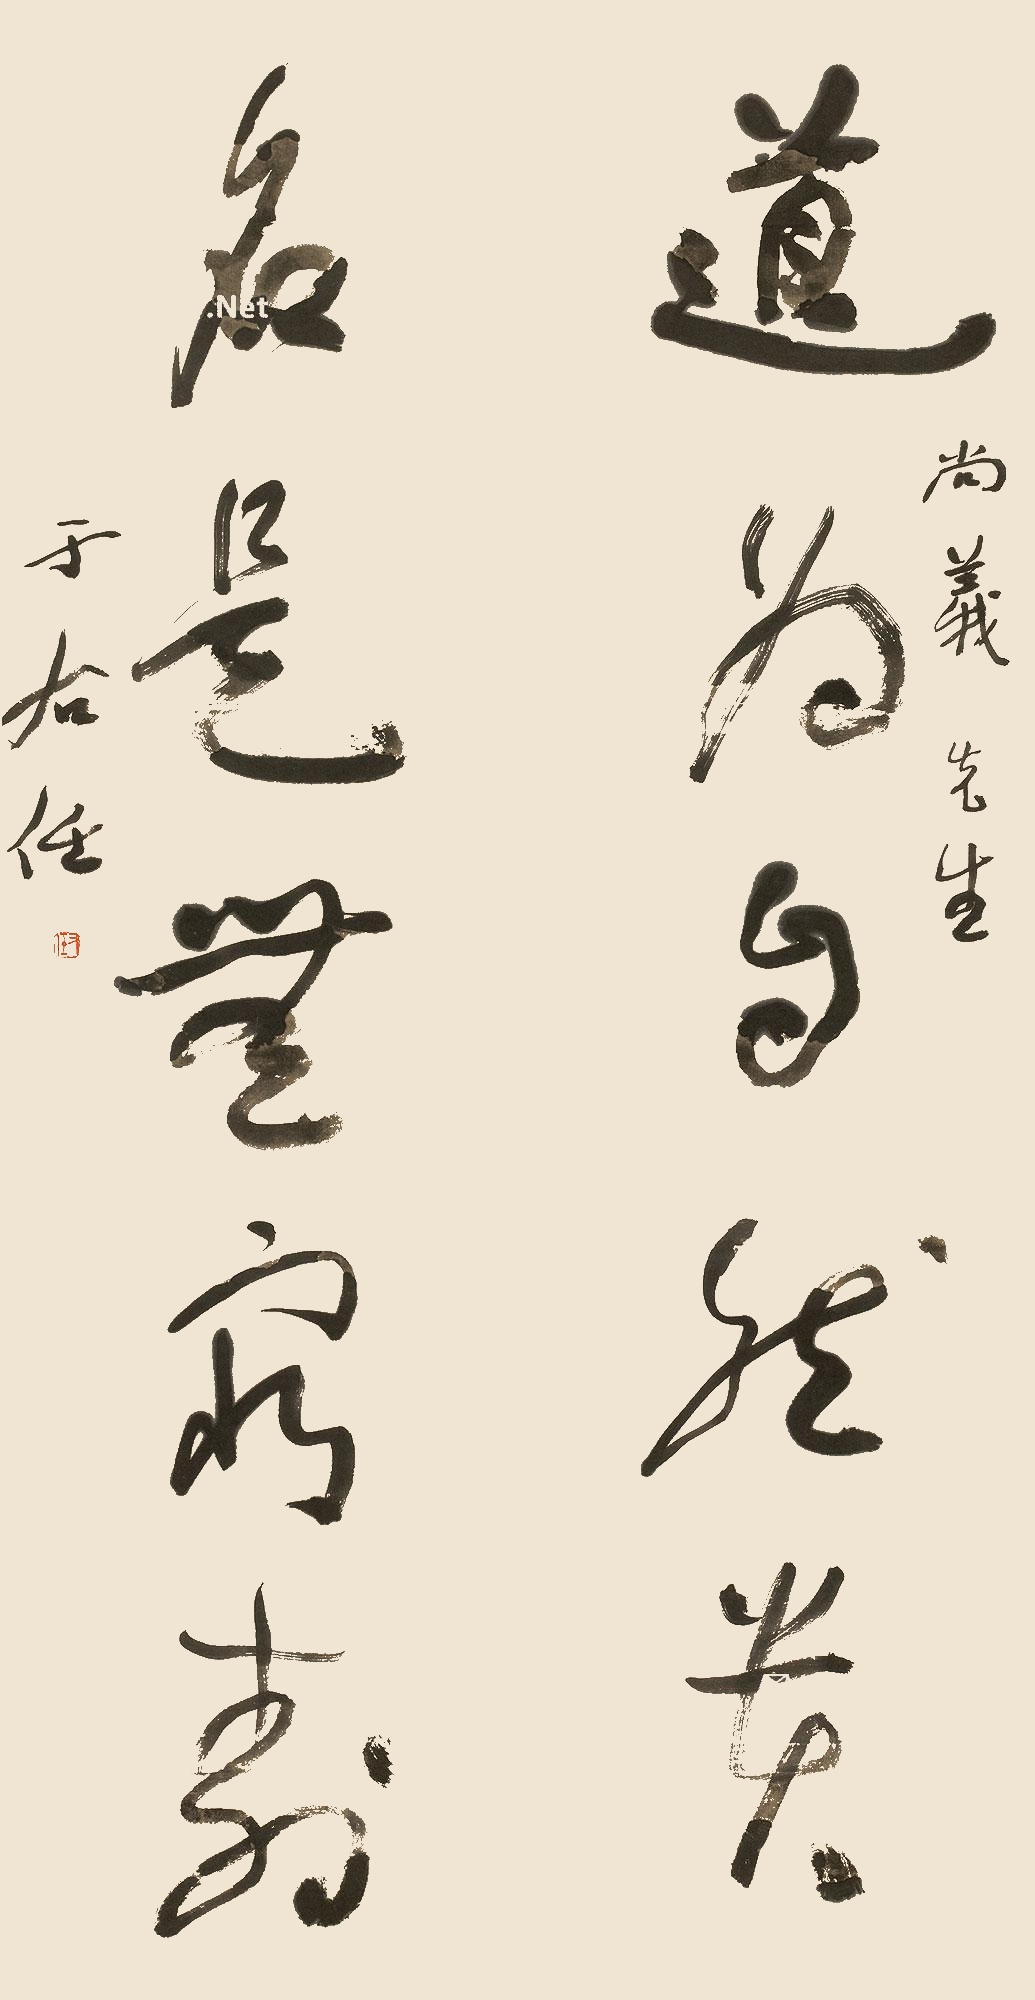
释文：道为自然贵，名是无穷寿。尚义先生，于右任。